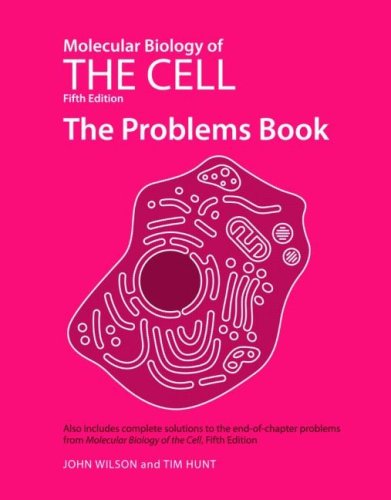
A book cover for Molecular Biology of the Cell, Fifth Edition: The Problems Book; John Wilson; Medical Books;